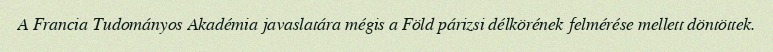
A Francia Tudományos Akadémia javaslatára mégis a Föld párizsi délkörének felmérése mellett döntöttek.